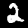
Digit: 2